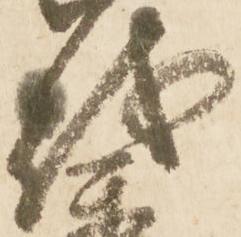
越